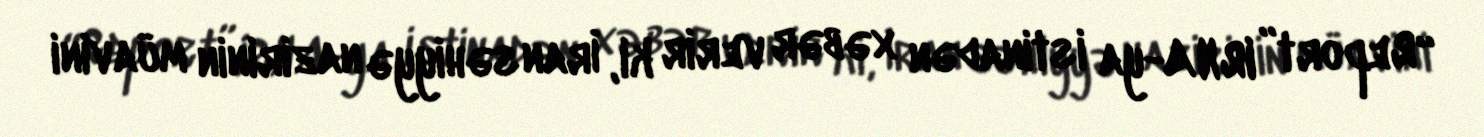
“Report” IRNA-ya istinadən xəbər verir ki, İran səhiyyə nazirinin müavini